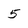
Character: 5